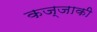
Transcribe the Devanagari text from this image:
कज्जाकी